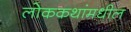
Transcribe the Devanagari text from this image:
लोककथांमधील